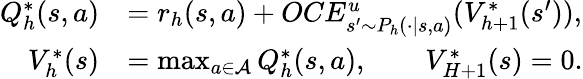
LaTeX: \begin{array}{rl}{Q_{h}^{*}(s,a)}&{=r_{h}(s,a)+OCE_{s^{\prime}\sim P_{h}(\cdot\vert s,a)}^{u}(V_{h+1}^{*}(s^{\prime})),}\\ {V_{h}^{*}(s)}&{=\operatorname*{max}_{a\in\mathcal{A}}Q_{h}^{*}(s,a),\quad\quad V_{H+1}^{*}(s)=0.}\end{array}